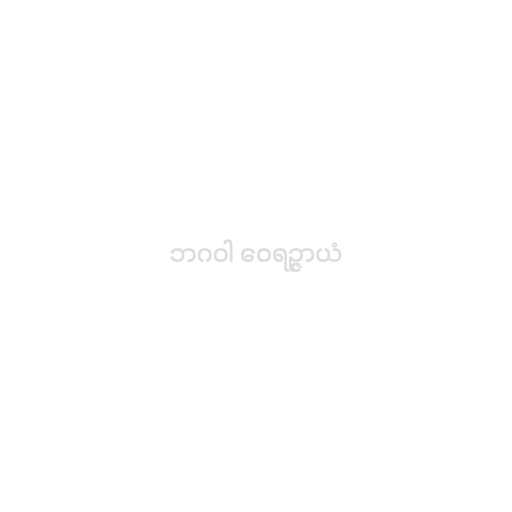
ဘဂဝါ ဝေရဉ္ဇာယံ